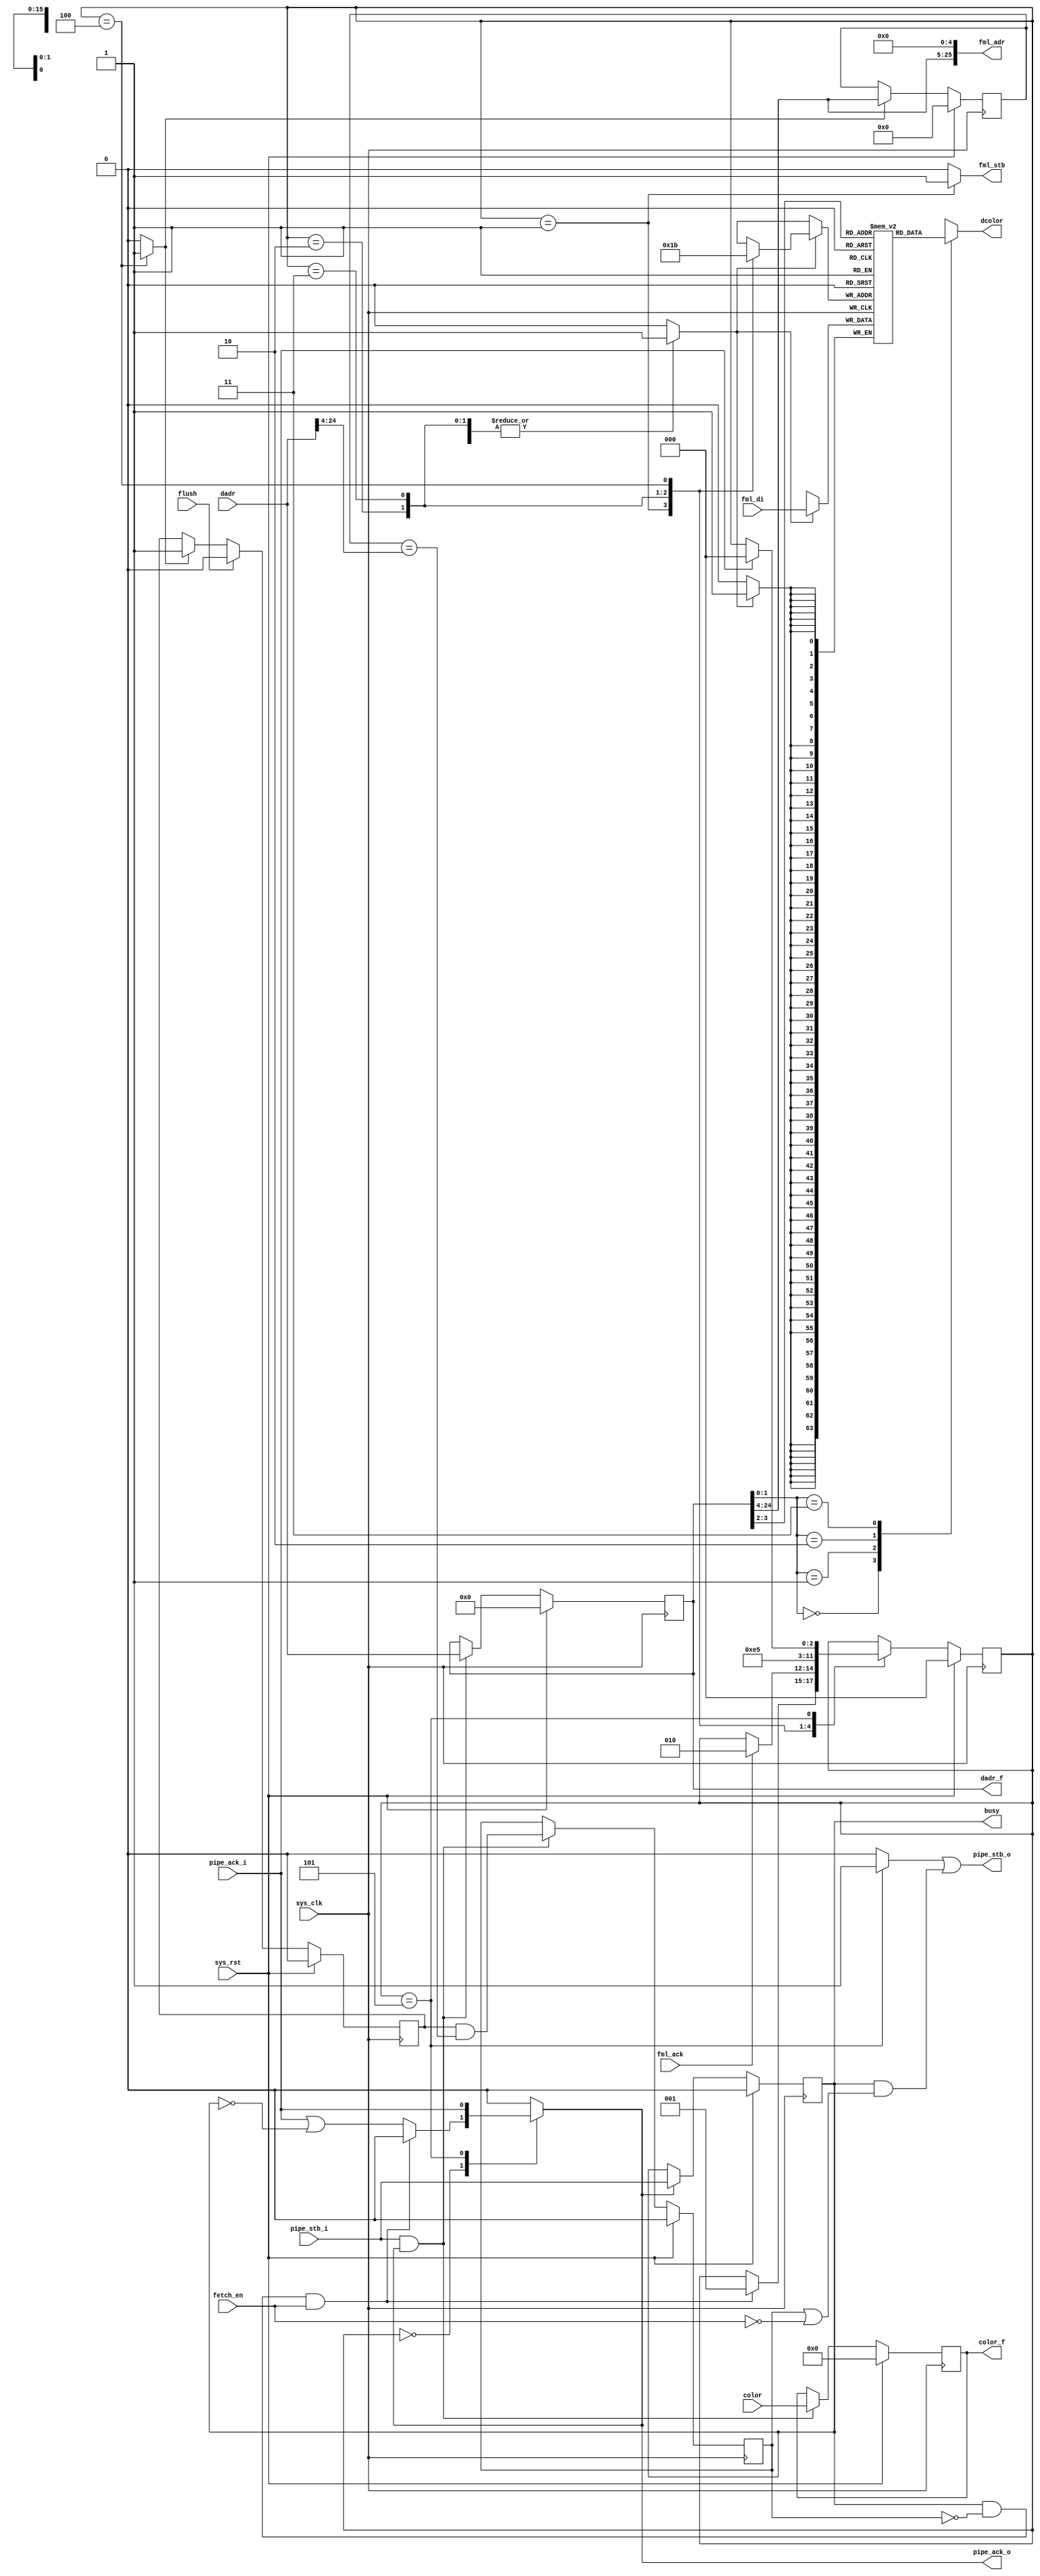
module tmu2_fdest #(
	parameter fml_depth = 26
) (
	input sys_clk,
	input sys_rst,

	output [fml_depth-1:0] fml_adr,
	output reg fml_stb,
	input fml_ack,
	input [63:0] fml_di,

	input flush,
	output busy,

	input fetch_en,

	input pipe_stb_i,
	output reg pipe_ack_o,
	input [15:0] color,
	input [fml_depth-1-1:0] dadr, /* in 16-bit words */

	output pipe_stb_o,
	input pipe_ack_i,
	output reg [15:0] color_f,
	output [fml_depth-1-1:0] dadr_f, /* in 16-bit words */
	output reg [15:0] dcolor
);

/* Hit detection */
reg valid;
reg [fml_depth-1-1-4:0] tag;

reg [fml_depth-1-1:0] dadr_r;

reg hit;

reg tag_we;

always @(posedge sys_clk) begin
	if(sys_rst) begin
		valid <= 1'b0;
		hit <= 1'b0;
		dadr_r <= {fml_depth-1{1'b0}};
	end else begin
		if(tag_we)
			valid <= 1'b1;
		if(flush)
			valid <= 1'b0;
		if(pipe_stb_i & pipe_ack_o) begin
			hit <= valid & (tag == dadr[fml_depth-1-1:4]);
			dadr_r <= dadr;
		end
	end
end

always @(posedge sys_clk) begin
	if(sys_rst)
		tag <= {fml_depth-1-4{1'b0}};
	else if(tag_we)
		tag <= dadr_r[fml_depth-1-1:4];
end

/* Forward */
always @(posedge sys_clk) begin
	if(sys_rst)
		color_f <= 16'd0;
	else if(pipe_stb_i & pipe_ack_o)
		color_f <= color;
end

assign dadr_f = dadr_r;

/* Storage */
reg [63:0] storage[0:3];

// synthesis translate_off
initial begin
	storage[0] = 64'd0;
	storage[1] = 64'd0;
	storage[2] = 64'd0;
	storage[3] = 64'd0;
end
// synthesis translate_on

wire [63:0] storage_do = storage[dadr_r[3:2]];
always @(*) begin
	case(dadr_r[1:0])
		2'd0: dcolor = storage_do[63:48];
		2'd1: dcolor = storage_do[47:32];
		2'd2: dcolor = storage_do[31:16];
		2'd3: dcolor = storage_do[15:0];
	endcase
end

reg [1:0] storage_wa;
reg storage_we;
always @(posedge sys_clk) begin
	if(storage_we)
		storage[storage_wa] = fml_di;
end

/* Control & bus master */

assign fml_adr = {dadr_r[fml_depth-1-1:4], 5'd0};

reg wanted;
always @(posedge sys_clk) begin
	if(sys_rst)
		wanted <= 1'b0;
	else if(pipe_ack_o)
		wanted <= pipe_stb_i;
end

reg stb_after_fetch;

reg [2:0] state;
reg [2:0] next_state;

parameter IDLE =	3'd0;
parameter FETCH1 =	3'd1;
parameter FETCH2 =	3'd2;
parameter FETCH3 =	3'd3;
parameter FETCH4 =	3'd4;
parameter OUT =		3'd5;

always @(posedge sys_clk) begin
	if(sys_rst)
		state <= IDLE;
	else
		state <= next_state;
end

always @(*) begin
	next_state = state;

	tag_we = 1'b0;
	
	storage_we = 1'b0;
	storage_wa = 2'bx;

	fml_stb = 1'b0;

	pipe_ack_o = 1'b0;
	stb_after_fetch = 1'b0;

	case(state)
		IDLE: begin
			pipe_ack_o = pipe_ack_i | ~wanted;
			if(wanted & ~hit & fetch_en) begin
				pipe_ack_o = 1'b0;
				next_state = FETCH1;
			end
		end
		FETCH1: begin
			fml_stb = 1'b1;
			storage_we = 1'b1;
			storage_wa = 2'd0;
			if(fml_ack)
				next_state = FETCH2;
		end
		FETCH2: begin
			storage_we = 1'b1;
			storage_wa = 2'd1;
			next_state = FETCH3;
		end
		FETCH3: begin
			storage_we = 1'b1;
			storage_wa = 2'd2;
			next_state = FETCH4;
		end
		FETCH4: begin
			storage_we = 1'b1;
			storage_wa = 2'd3;
			tag_we = 1'b1;
			next_state = OUT;
		end
		OUT: begin
			stb_after_fetch = 1'b1;
			pipe_ack_o = pipe_ack_i;
			if(pipe_ack_i)
				next_state = IDLE;
		end
	endcase
end

assign pipe_stb_o = stb_after_fetch | (wanted & (hit | ~fetch_en));
assign busy = wanted;

endmodule